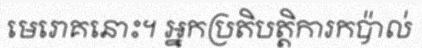
មេរោគនោះ។ អ្នកប្រតិបត្តិការកប៉ាល់